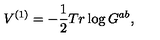
V ^ { ( 1 ) } = - \frac { 1 } { 2 } T r \log G ^ { a b } ,